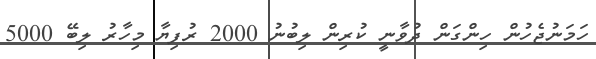
ހަމަނުޖެހުން ހިންގަން ދުވާނީ ކުރިން ލިބުނު 2000 ރުފިޔާ މިހާރު ލިބޭ 5000